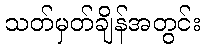
သတ်မှတ်ချိန်အတွင်း